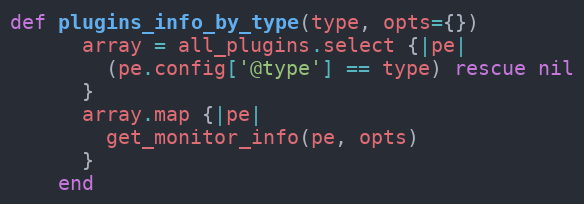
Language: Ruby
def plugins_info_by_type(type, opts={})
      array = all_plugins.select {|pe|
        (pe.config['@type'] == type) rescue nil
      }
      array.map {|pe|
        get_monitor_info(pe, opts)
      }
    end